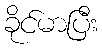
ခိုင်မာပြီး